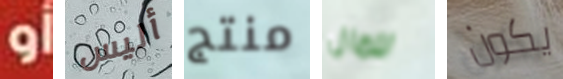
أو أليس منتج للمال يكون